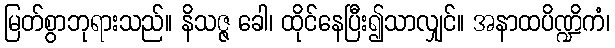
မြတ်စွာဘုရားသည်။ နိသဇ္ဇ ခေါ၊ ထိုင်နေပြီး၍သာလျှင်။ အနာထပိဏ္ဍိကံ၊